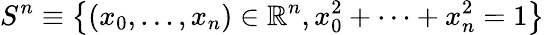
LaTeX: S^{n}\equiv\left\{ (x_{0},\dots,x_{n})\in\mathbb{R}^{n},x_{0}^{2}+\dots+x_{n}^{2}=1\right\}